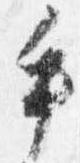
手